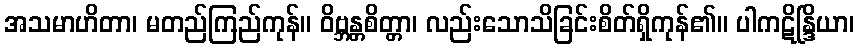
အသမာဟိတာ၊ မတည်ကြည်ကုန်။ ဝိဗ္ဘန္တစိတ္တာ၊ လည်းသောသိခြင်းစိတ်ရှိကုန်၏။ ပါကဋိန္ဒြိယာ၊